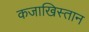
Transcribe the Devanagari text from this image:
कजाखिस्तान